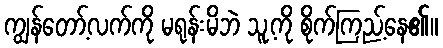
ကျွန်တော့်လက်ကို မရုန်းမိဘဲ သူ့ကို စိုက်ကြည့်နေ၏။